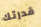
قدرتك